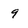
Character: 9